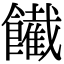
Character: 𩟙